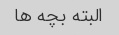
البته بچه ها